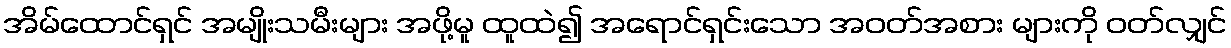
အိမ်ထောင်ရှင် အမျိုးသမီးများ အဖို့မူ ထူထဲ၍ အရောင်ရှင်းသော အဝတ်အစား များကို ဝတ်လျှင်